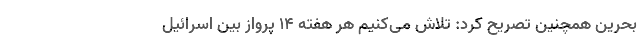
بحرین همچنین تصریح کرد: تلاش می‌کنیم هر هفته ۱۴ پرواز بین اسرائیل